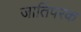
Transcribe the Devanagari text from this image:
जातिपरक